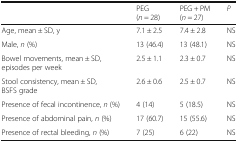
<table><thead><tr><td></td><td><b>PEG (<i>n</i> = 28)</b></td><td><b>PEG + PM (<i>n</i> = 27)</b></td><td><b><i>P</i></b></td></tr></thead><tbody><tr><td>Age, mean ± SD, y</td><td>7.1 ± 2.5</td><td>7.4 ± 2.8</td><td>NS</td></tr><tr><td>Male, <i>n</i> (%)</td><td>13 (46.4)</td><td>13 (48.1)</td><td>NS</td></tr><tr><td>Bowel movements, mean ± SD, episodes per week</td><td>2.5 ± 1.1</td><td>2.3 ± 0.7</td><td>NS</td></tr><tr><td>Stool consistency, mean ± SD, BSFS grade</td><td>2.6 ± 0.6</td><td>2.5 ± 0.7</td><td>NS</td></tr><tr><td>Presence of fecal incontinence, <i>n</i> (%)</td><td>4 (14)</td><td>5 (18.5)</td><td>NS</td></tr><tr><td>Presence of abdominal pain, <i>n</i> (%)</td><td>17 (60.7)</td><td>15 (55.6)</td><td>NS</td></tr><tr><td>Presence of rectal bleeding, <i>n</i> (%)</td><td>7 (25)</td><td>6 (22)</td><td>NS</td></tr></tbody></table>